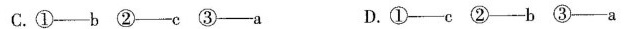
C.①---b②--c③--a D.①--c②--b③--a